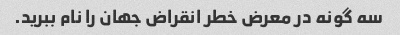
سه گونه در معرض خطر انقراض جهان را نام ببرید.